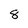
Character: 8